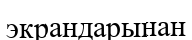
экрандарынан